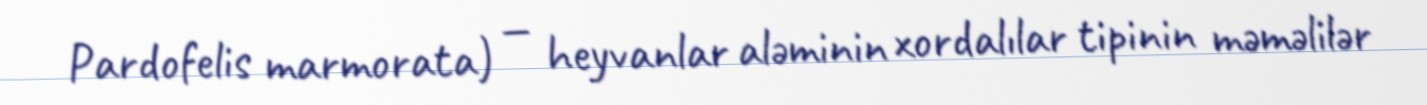
Pardofelis marmorata) — heyvanlar aləminin xordalılar tipinin məməlilər